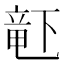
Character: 𬺗